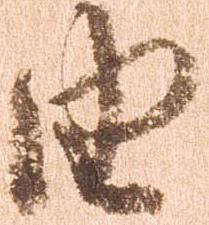
由